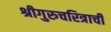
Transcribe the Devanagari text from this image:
श्रीगुरुचरित्राची